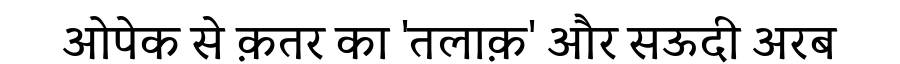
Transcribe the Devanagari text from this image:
ओपेक से क़तर का 'तलाक़' और सऊदी अरब